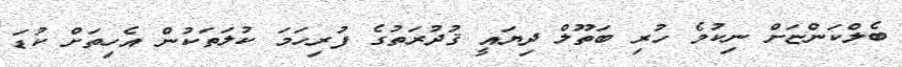
ބެލްކަންޏަށް ނިކުމެ ހުރި ބަތޫލް ދިޔައީ ޤުދުރަތުގެ ފުރިހަމަ ކުލަތަކުން އެހިތަށް ކުޑަ